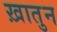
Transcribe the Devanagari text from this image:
ख़ातुन